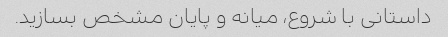
داستانی با شروع، میانه و پایان مشخص بسازید.